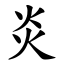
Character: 炎